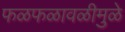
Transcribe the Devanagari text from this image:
फळफळावळीमुळे